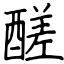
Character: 醝